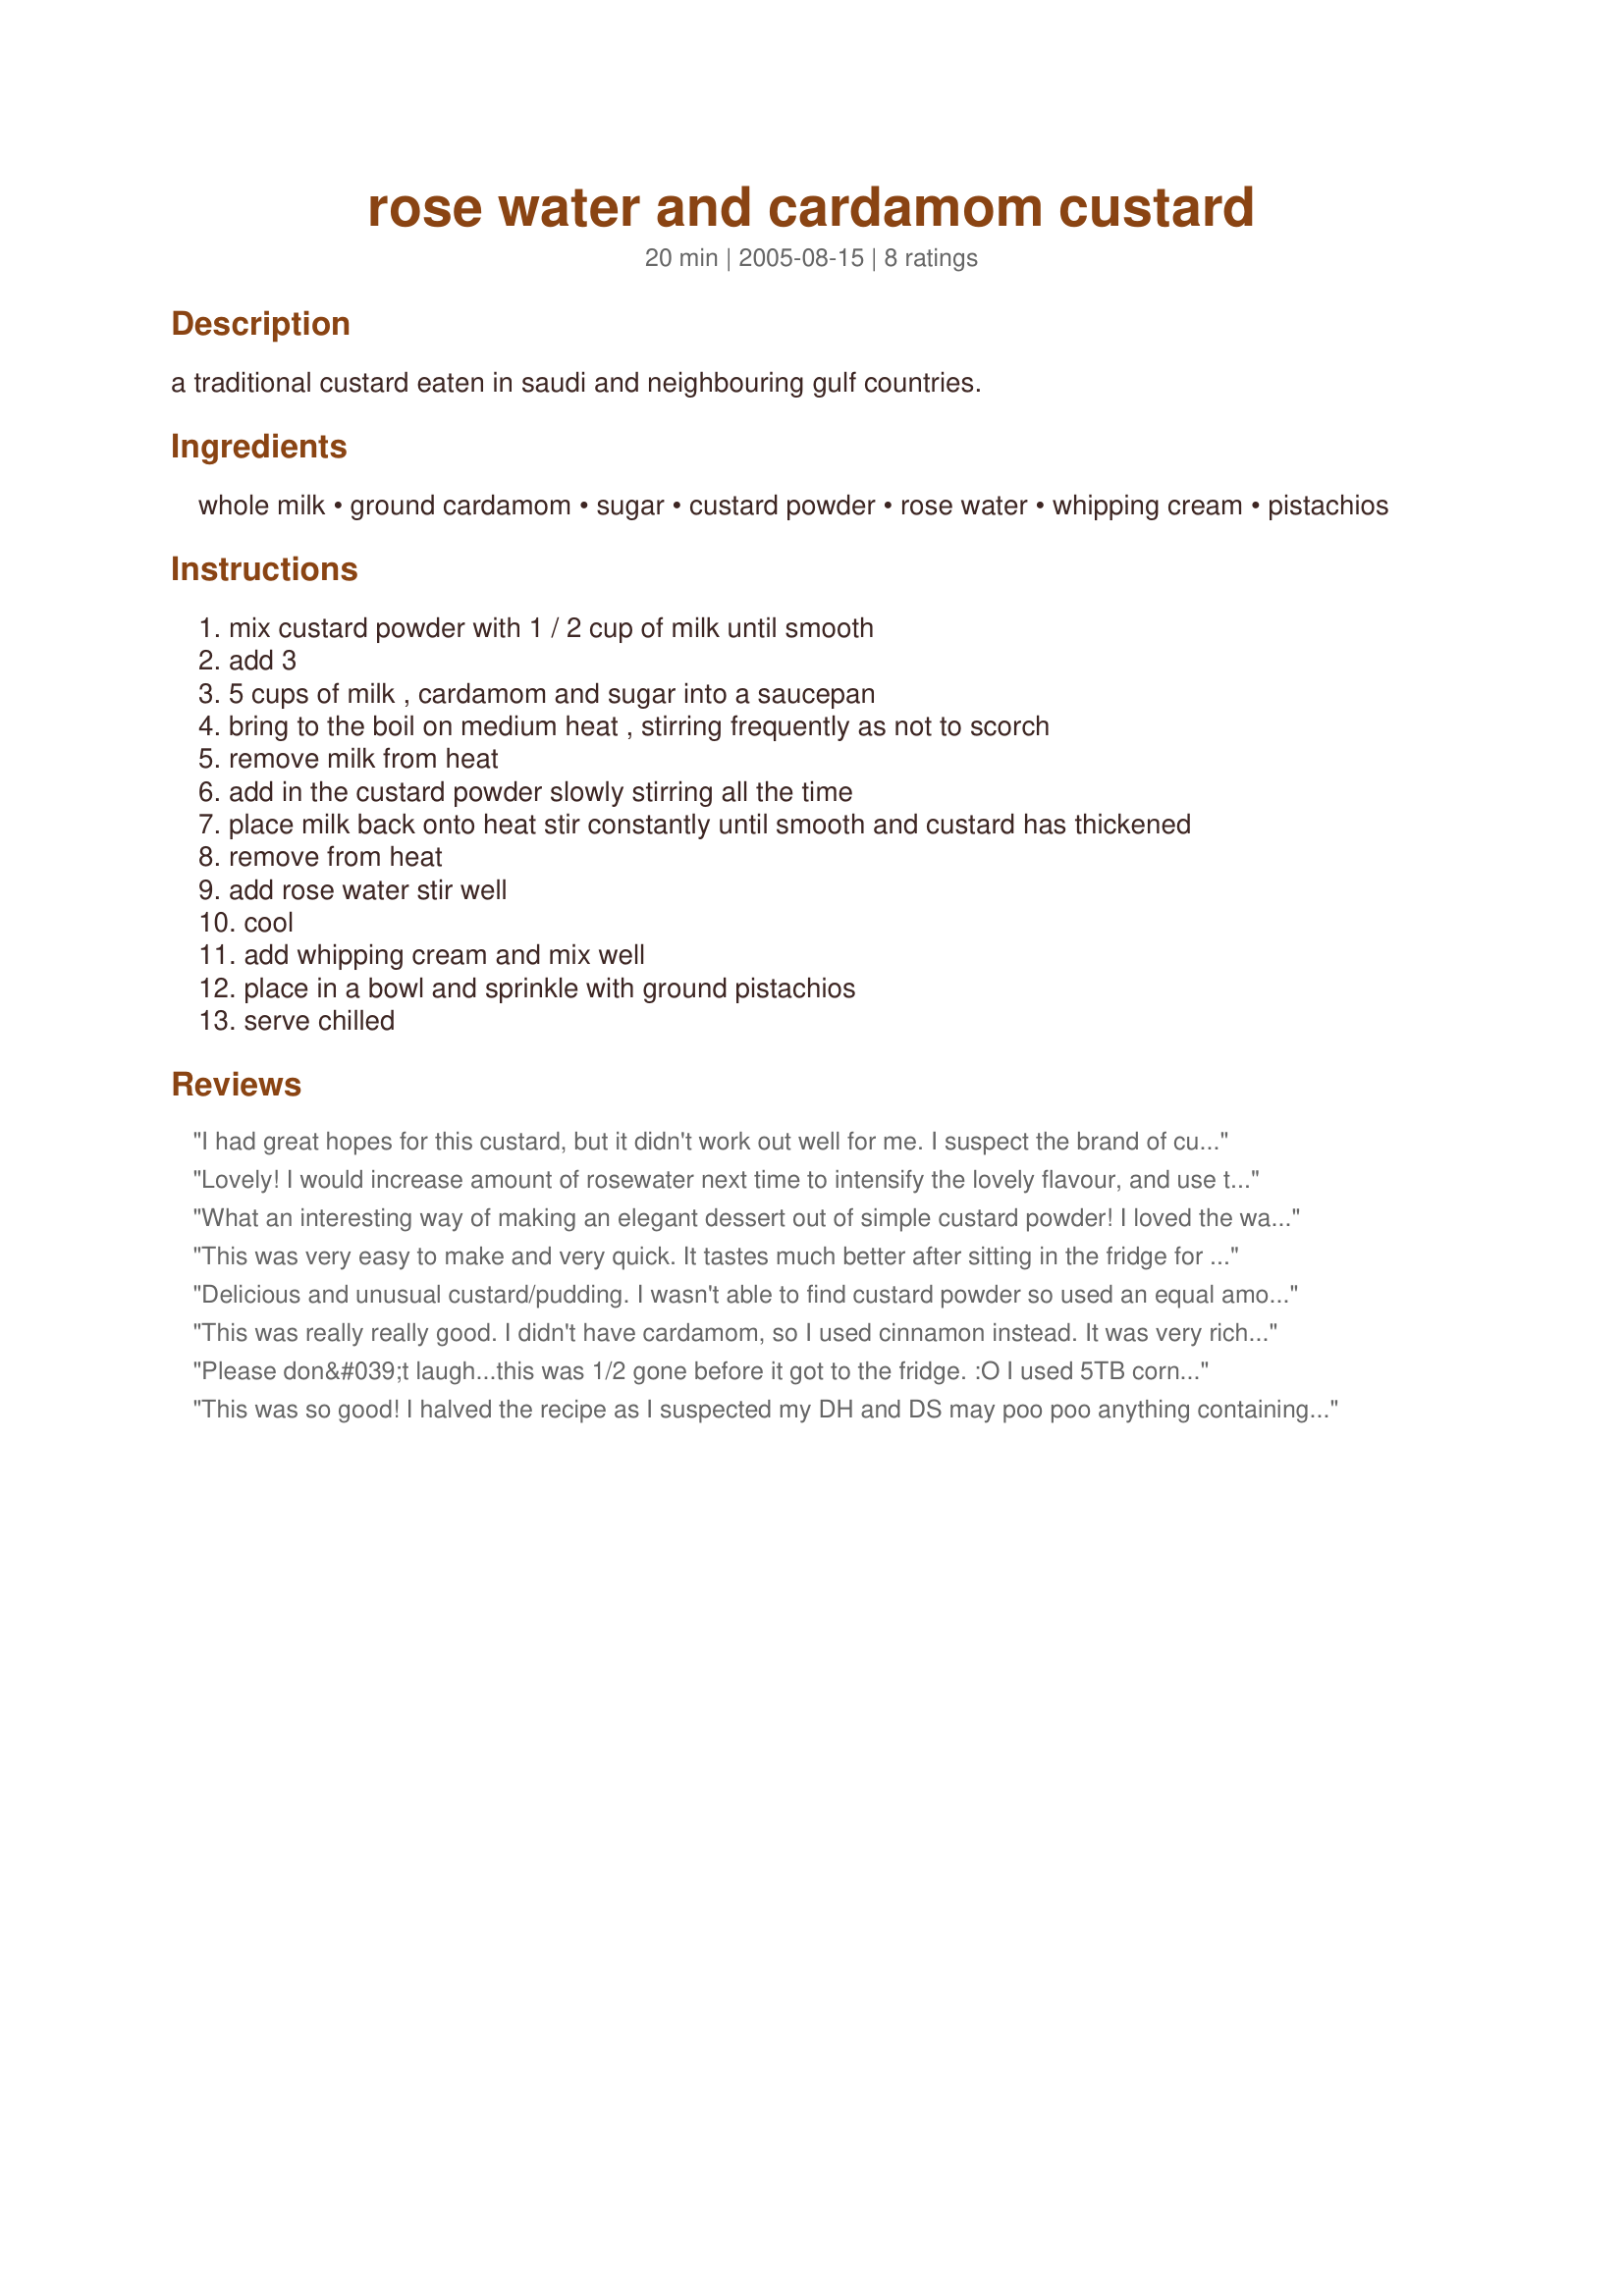
rose water and cardamom custard
Preparation time: 20 minutes

a traditional custard eaten in saudi and neighbouring gulf countries.

Ingredients:
whole milk, ground cardamom, sugar, custard powder, rose water, whipping cream, pistachios

Steps:
mix custard powder with 1 / 2 cup of milk until smooth, add 3, 5 cups of milk , cardamom and sugar into a saucepan, bring to the boil on medium heat , stirring frequently as not to scorch, remove milk from heat, add in the custard powder slowly stirring all the time, place milk back onto heat stir constantly until smooth and custard has thickened, remove from heat, add rose water stir well, cool, add whipping cream and mix well, place in a bowl and sprinkle with ground pistachios, serve chilled

Reviews:
I had great hopes for this custard, but it didn't work out well for me. I suspect the brand of custard powder I used (Morinaga), was the culprit, so am not assigning stars. The custard never thickened properly, even after the addition of 2 additional tablespoons custard powder. I hoped that chilling would help, but the end product was only about as thick as dairy eggnog. It was quite sweet, too, also perhaps because of the custard powder. I do like the combination of cardamom and rose water, and may try this flavoring with custard made from scratch. Thank you for the idea.
Lovely! I would increase amount of rosewater next time to intensify the lovely flavour, and use the whole tsp of cardamom.
What an interesting way of making an elegant dessert out of simple custard powder! I loved the way the flavors of cardamom and rose subtly stood out without being too overpowering. I love rose water so I used 3 tbsp. Another variation that we could use is adding fresh or dried rose petals to the milk along with the cardamom powder and sugar, bringing it to a boil and switching off the heat to let the flavor infuse for about 20 minutes or so before continuing with the other steps. I saw this being done once on an Arabic cookery show. Apparently this method gives a rich, aromatic rose fragrance to the custard. Thanks lemoncurd...this recipe will be added to mys list for dinner party desserts!
This was very easy to make and very quick. It tastes much better after sitting in the fridge for a few hours. The taste grows on you, it is abit unusual, sort of like a turkish delight flavoured custard. Thanks for posting.
Delicious and unusual custard/pudding. I wasn't able to find custard powder so used an equal amount of cornstarch (probably could have used less) but followed directions as written, however with the amount of cornstarch I used the pudding/custard thickened up right away. Thanks for sharing this interesting recipe and if I find custard powder I will try again and revise this review.
This was really really good. I didn't have cardamom, so I used cinnamon instead. It was very rich. Delicious!
Please don&#039;t laugh...this was 1/2 gone before it got to the fridge. :O I used 5TB cornstarch &amp; 1TB vanilla powder. IT WAS SOOOO DELICIOUS!! I&#039;m one who craves rosewater. ;) Next time I will try 6TB cornstarch because I think it was suposed to be thicker. The only disapointment was the next day it was like a milkshake. But still DELICIOUS so I put it in a glass &amp; drank it. :) I was confused at first about why this was a custard (I hadn&#039;t heard of custard powder) - I would call this a pudding because to me custard = egg based. Regardless, this was simple, easy &amp; fairly quick. It did take quite some time to chill but I had already eaten most of it by then anyway, lol. And it&#039;s fabulous still warm!! I&#039;m making some more very soon. Thanks, lemoncurd!!!&lt;br/&gt;&lt;br/&gt;NEW REVIEW!! I FOUND CUSTARD POWDER!!! I MADE IT PROPERLY!! Gosh, it was so long ago that I first made this. I have been looking forever searching under cardamom &amp; pudding. I forgot that &#039;custard&#039; is in the title not pudding. GAH. I found it when adding recipes for the Go to Saudi Arabia! segment of the regional excursions around the NA/ME Forum 6/13. Anyway, this is still the most fabulous, delicious pudding around. i *had* to share with dd. It did NOT separate in the fridge overnight. I&#039;m so happy I found this recipe again!!
This was so good! I halved the recipe as I suspected my DH and DS may poo poo anything containing Rose Water. Ha! More for me! I used 1/4 tsp cardamom and 1/2 tbs of rose water as this was new to me as well. I had asked lemoncurd if the cream needed to be whipped prior to adding in (the answer was to add as a liquid, not whipped), but she mentioned that the consistency of this custard was medium and if I wanted a thicker custard I could add a little more custard powder. So I did, about 1 tbs more. The rose water was subtle, but noticeable and the cardamom was fantastic. It got even better with the addition of the ground pistachios. Lemoncurd, thanks so much for sharing this recipe. I can see why your DH loves the Rose Water/ Cardamom combination-DELISH! Nick's Mom
